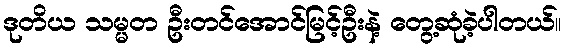
ဒုတိယ သမ္မတ ဦးတင်အောင်မြင့်ဦးနဲ့ တွေ့ဆုံခဲ့ပါတယ်။